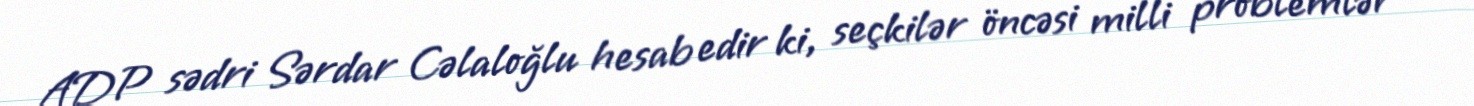
ADP sədri Sərdar Cəlaloğlu hesab edir ki, seçkilər öncəsi milli problemlər